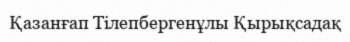
Қазанғап Тілепбергенұлы Қырықсадақ